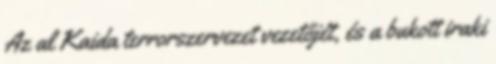
Az al Kaida terrorszervezet vezetőjét, és a bukott iraki